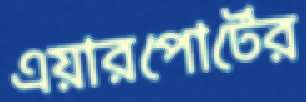
এয়ারপোর্টের